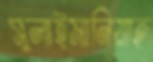
সুলাইমানিয়াহ